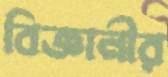
বিজ্ঞানীর